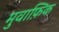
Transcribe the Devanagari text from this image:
मुवाफ़िक